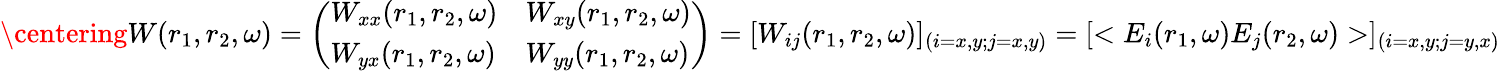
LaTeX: \centering W(r_{1},r_{2},\omega)=\left(\begin{array}{ll}{W_{xx}(r_{1},r_{2},\omega)}&{W_{xy}(r_{1},r_{2},\omega)}\\ {W_{yx}(r_{1},r_{2},\omega)}&{W_{yy}(r_{1},r_{2},\omega)}\end{array}\right)=[W_{ij}(r_{1},r_{2},\omega)]_{(i=x,y;j=x,y)}=[<E_{i}(r_{1},\omega)E_{j}(r_{2},\omega)>]_{(i=x,y;j=y,x)}